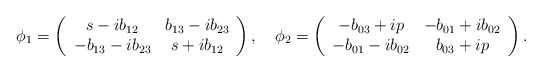
\begin{align*}\phi_1 = \left( \begin{array}{cc} s - ib_{12} & b_{13}-ib_{23} \\-b_{13}-ib_{23} & s+ib_{12}\end{array} \right) , \quad\phi_2 = \left( \begin{array}{cc} -b_{03}+i p & -b_{01}+ib_{02} \\-b_{01} - ib_{02} & b_{03}+ i p\end{array} \right) .\end{align*}